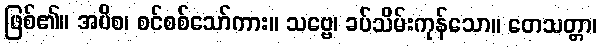
ဖြစ်၏။ အပိစ၊ စင်စစ်သော်ကား။ သဗ္ဗေ၊ ခပ်သိမ်းကုန်သော။ တေသတ္တာ၊